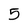
Character: 5